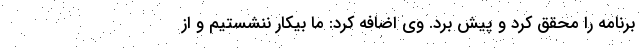
برنامه را محقق کرد و پیش برد. وی اضافه کرد: ما بیکار ننشستیم و از